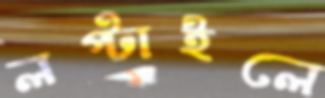
লপ্‌টাইলে